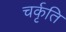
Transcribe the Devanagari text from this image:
चर्कृति